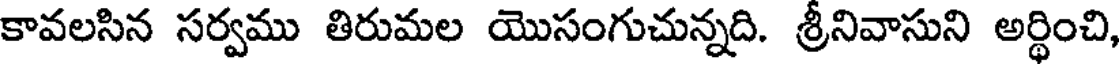
కావలసిన సర్వము తిరుమల యొసంగుచున్నది. శ్రీనివాసుని అర్థించి,